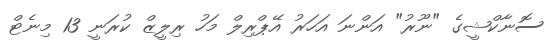
ސޮނާކްޝީގެ "ނޫރު" އަންނަ އަހަރު އޭޕްރިލް މަހު ރިލީޒް ކުރަނީ 13 މިނެޓް